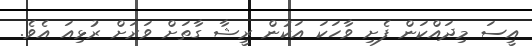
އީސަ މިދައްކަން ފެށި ވާހަކަ އަކުން ރީޝާ ގާތަށް ވަރަށް ރުޅިއަ އެވެ.